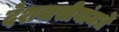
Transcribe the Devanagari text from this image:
देशवासीयांमधे